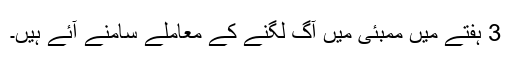
3 ہفتے میں ممبئی میں آگ لگنے کے معاملے سامنے آئے ہیں۔